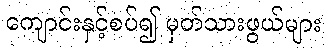
ကျောင်းနှင့်စပ်၍ မှတ်သားဖွယ်များ